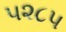
૫૨૮૫